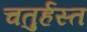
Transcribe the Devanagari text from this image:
चतुर्हस्त